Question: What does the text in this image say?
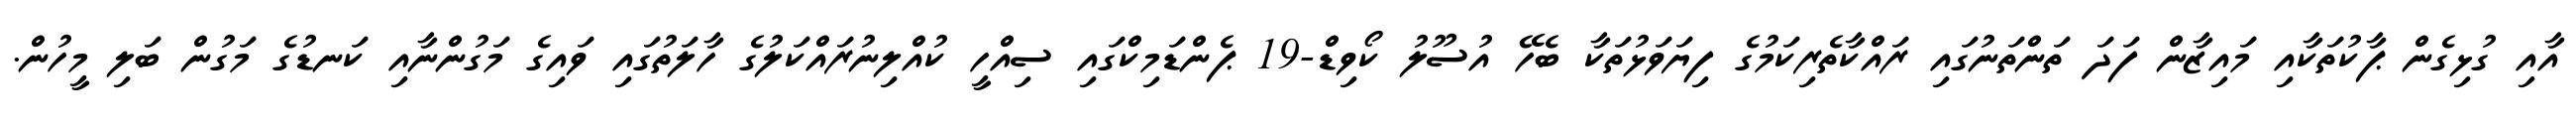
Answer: އާއި ގުޅިގެން ޕާކުތަކާއި މައިޒާން ފަދަ ތަންތަނުގައި ރައްކާތެރިކަމުގެ ފިޔަވަޅުތަކާ ބެހޭ އުސޫލު ކޯވިޑް-19 ޕެންޑަމިކްގައި ސިއްހީ ކުއްލިނުރައްކަލުގެ ހާލަތުގައި ވައިގެ މަގުންނާއި ކަނޑުގެ މަގުން ބަލި މީހުން.